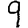
Digit: 9